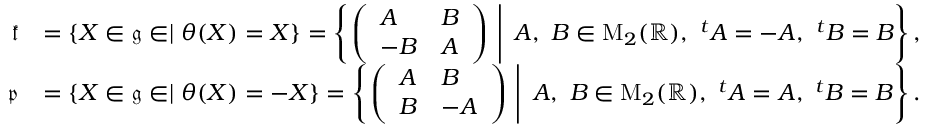
\begin{array} { r l } { { \mathfrak k } } & { = \{ X \in { \mathfrak g } \in \mid \theta ( X ) = X \} = \left\{ \left. \left( \begin{array} { l l } { A } & { B } \\ { - B } & { A } \end{array} \right) ~ \right| ~ A , ~ B \in \mathrm { M } _ { 2 } ( { \mathbb R } ) , ~ ^ { t } A = - A , ~ ^ { t } B = B \right\} , } \\ { { \mathfrak p } } & { = \{ X \in { \mathfrak g } \in \mid \theta ( X ) = - X \} = \left\{ \left. \left( \begin{array} { l l } { A } & { B } \\ { B } & { - A } \end{array} \right) ~ \right| ~ A , ~ B \in \mathrm { M } _ { 2 } ( { \mathbb R } ) , ~ ^ { t } A = A , ~ ^ { t } B = B \right\} . } \end{array}